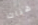
هناك